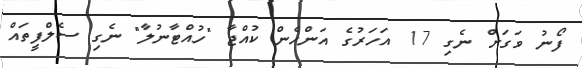
ފޯނު ވަގަށް ނެގި 17 އަހަރުގެ އަންހެން ކުއްޖާ "ހުއްޓާނުލާ" ނެގި ސެލްފީތައް